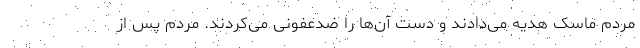
مردم ماسک هدیه می‌دادند و دست آن‌ها را ضدعفونی می‌کردند. مردم پس از